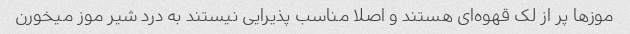
موزها پر از لک قهوه‌ای هستند و اصلا مناسب پذیرایی نیستند به درد شیر موز میخورن